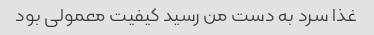
غذا سرد به دست من رسید کیفیت معمولی بود